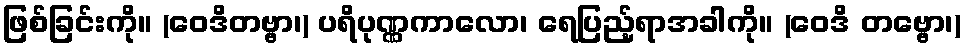
ဖြစ်ခြင်းကို။ (ဝေဒိတဗ္ဗာ၊) ပရိပုဏ္ဏကာလော၊ ရေပြည့်ရာအခါကို။ (ဝေဒိ တဗ္ဗော၊)